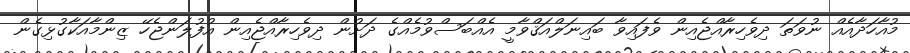
މުއާހަދާއެއް ނުވަތަ ދިވެހިރާއްޖެއިން ވެފައިވާ ބައިނަލްއަޤްވާމީ އެއްބަސްވުމެއްގެ ދަށުން ދިވެހިރާއްޖެއިން އުފުލަންޖެހޭ ޒިންމާއަކާގުޅިގެން